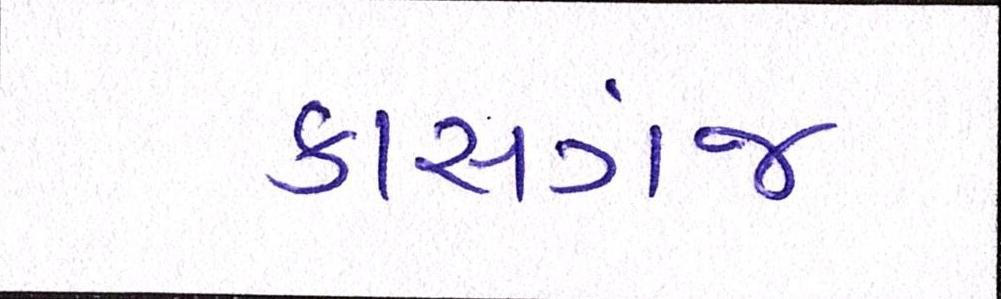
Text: કાસગંજ